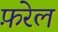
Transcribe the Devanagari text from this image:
फ़रेल